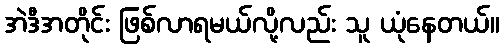
အဲဒီအတိုင်း ဖြစ်လာရမယ်လို့လည်း သူ ယုံနေတယ်။